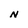
Character: N